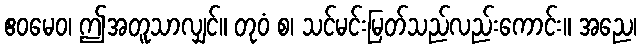
ဧဝမေဝ၊ ဤအတူသာလျှင်။ တုဝံ စ၊ သင်မင်းမြတ်သည်လည်းကောင်း။ အညေ၊